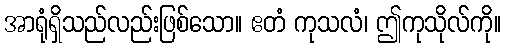
အာရုံရှိသည်လည်းဖြစ်သော။ ဧတံ ကုသလံ၊ ဤကုသိုလ်ကို။